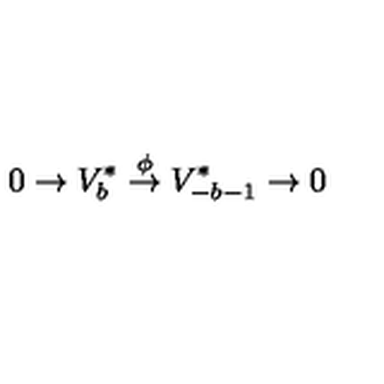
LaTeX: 0 \rightarrow V _ { b } ^ { * } \stackrel { \phi } { \rightarrow } V _ { - b - 1 } ^ { * } \rightarrow 0